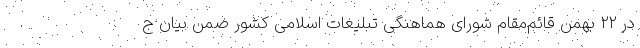
در ۲۲ بهمن قائم‌مقام شورای هماهنگی تبلیغات اسلامی کشور ضمن بیان ج